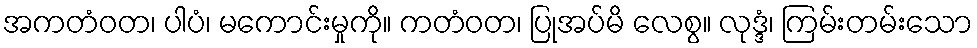
အကတံဝတ၊ ပါပံ၊ မကောင်းမှုကို။ ကတံဝတ၊ ပြုအပ်မိ လေစွ။ လုဒ္ဒံ၊ ကြမ်းတမ်းသော